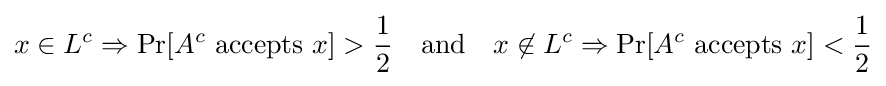
x\in L^{c}\Rightarrow \Pr[A^{c}{\text{ accepts }}x]>{\frac {1}{2}}\quad {\text{and}}\quad x\not \in L^{c}\Rightarrow \Pr[A^{c}{\text{ accepts }}x]<{\frac {1}{2}}